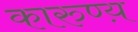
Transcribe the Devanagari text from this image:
कारुण्य़